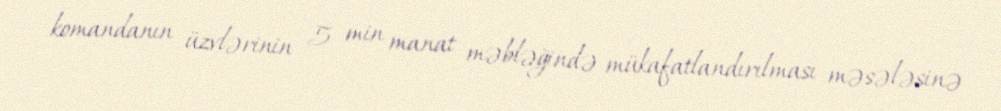
komandanın üzvlərinin 5 min manat məbləğində mükafatlandırılması məsələsinə